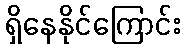
ရှိနေနိုင်ကြောင်း